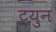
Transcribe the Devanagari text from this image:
ट्युन